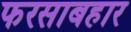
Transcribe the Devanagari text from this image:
फरसाबहार